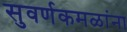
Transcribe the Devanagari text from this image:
सुवर्णकमळांना